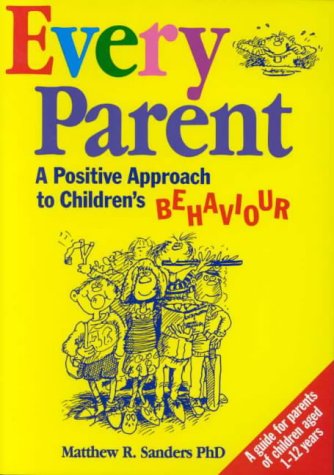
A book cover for Every Parent: A Positive Approach to Children's Behavior; Matthew R. Sanders; Parenting & Relationships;